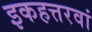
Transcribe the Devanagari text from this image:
इकहत्तरवां